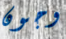
وجون